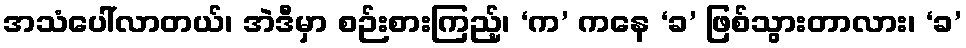
အသံပေါ်လာတယ်၊ အဲဒီမှာ စဉ်းစားကြည့်၊ ‘က’ ကနေ ‘ခ’ ဖြစ်သွားတာလား၊ ‘ခ’